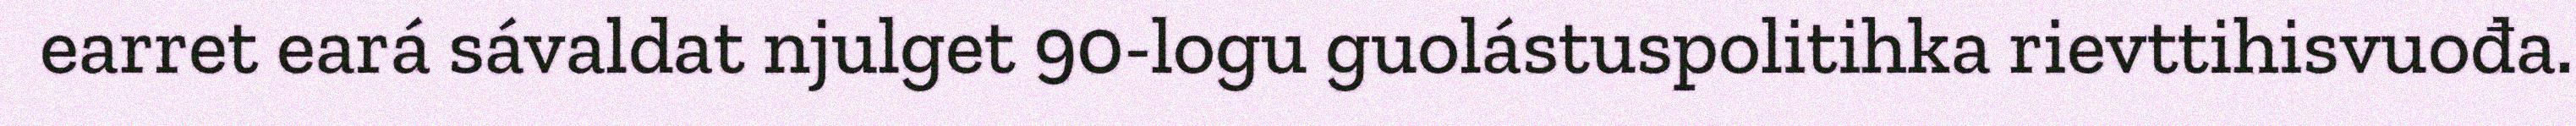
earret eará sávaldat njulget 90-logu guolástuspolitihka rievttihisvuođa.